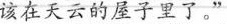
该在天云的屋子里了。”